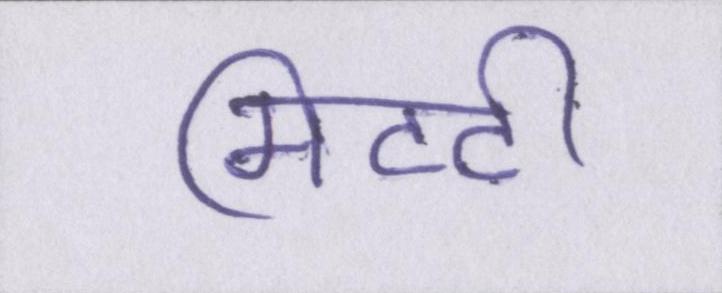
मिटटी